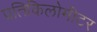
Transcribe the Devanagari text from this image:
प्रतिकिलोमीटर